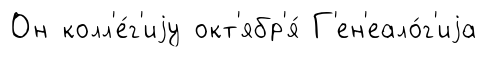
Он колл'е́г'иjу окт'ябр'я́ Г'ен'еало́г'иjа